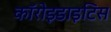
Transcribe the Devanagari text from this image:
कॉरोइडाइटिस